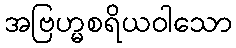
အဗြဟ္မစရိယဝါသော